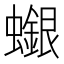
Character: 𧓪